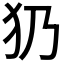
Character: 𤜠